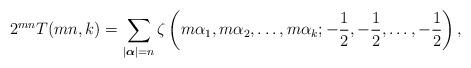
LaTeX: \begin{align*}2^{mn}T(mn,k)=\sum_{|\boldsymbol{\alpha}|=n}\zeta\left(m\alpha_1, m\alpha_2, \ldots, m\alpha_k; -\frac{1}{2}, -\frac{1}{2}, \ldots, -\frac{1}{2}\right),\end{align*}